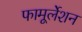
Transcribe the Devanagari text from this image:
फामूर्लेशन